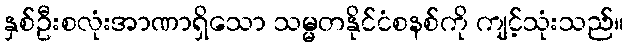
နှစ်ဦးစလုံးအာဏာရှိသော သမ္မတနိုင်ငံစနစ်ကို ကျင့်သုံးသည်။